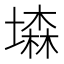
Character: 𡑓